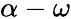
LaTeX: \alpha-\omega